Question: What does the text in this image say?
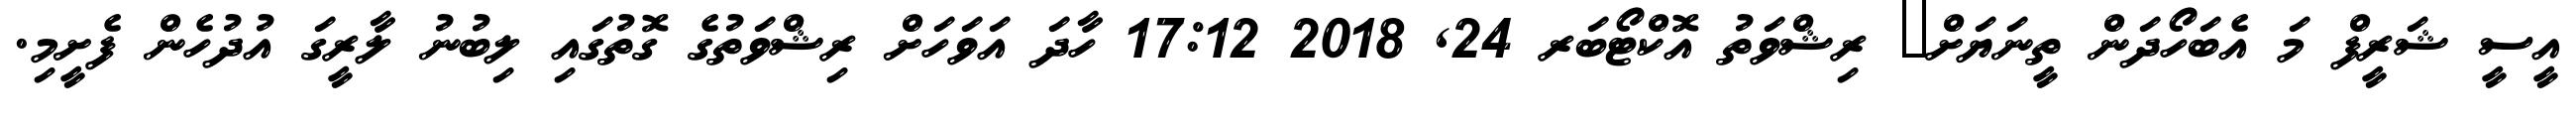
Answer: އީސީ ޝަރީފް މަ އެބަހޯދަން ތީނަޔަށް? ރިޝްވަތު އޮކްޓޯބަރ 24, 2018 17:12 ހާދަ އަވަހަށް ރިޝްވަތުގެ ގޮތުގައި ލިބުނު ލާރީގަ އުދުހެން ފެށީމި.